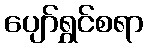
ပျော်ရွှင်စရာ